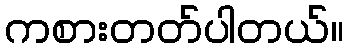
ကစားတတ်ပါတယ်။